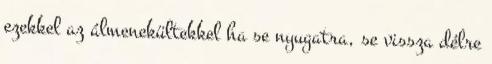
ezekkel az álmenekültekkel ha se nyugatra, se vissza délre